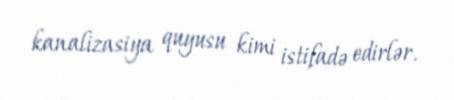
kanalizasiya quyusu kimi istifadə edirlər.